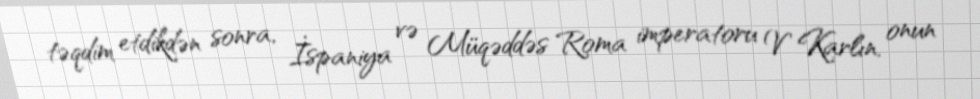
təqdim etdikdən sonra, İspaniya və Müqəddəs Roma imperatoru V Karlın, onun